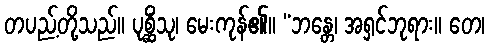
တပည့်တို့သည်။ ပုစ္ဆိံသု၊ မေးကုန်၏။ “ဘန္တေ၊ အရှင်ဘုရား။ တေ၊